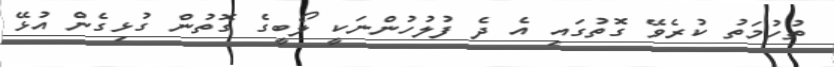
ތުހުމަތު ކުރެވޭ ގޮތުގައި އެ ދެ ފުލުހުންނަކީ ލޯބީގެ ގޮތުން ގުޅިގެން އުޅޭ